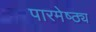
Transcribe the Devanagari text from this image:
पारमेष्ठ्य